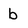
Character: b